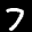
Label: 7